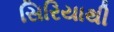
સિરિયાથી